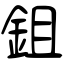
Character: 鉏